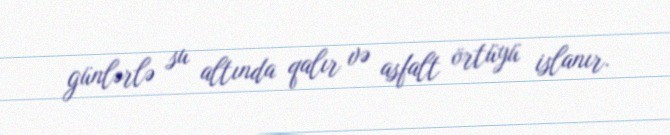
günlərlə su altında qalır və asfalt örtüyü islanır.